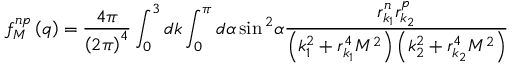
f _ { M } ^ { n p } \left( q \right) = \frac { 4 \pi } { \left( 2 \pi \right) ^ { 4 } } \int _ { 0 } ^ { 3 } d k \int _ { 0 } ^ { \pi } d \alpha \sin { } ^ { 2 } \alpha \frac { r _ { k _ { 1 } } ^ { n } r _ { k _ { 2 } } ^ { p } } { \left( k _ { 1 } ^ { 2 } + r _ { k _ { 1 } } ^ { 4 } M ^ { 2 } \right) \left( k _ { 2 } ^ { 2 } + r _ { k _ { 2 } } ^ { 4 } M ^ { 2 } \right) }